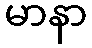
မာနာ